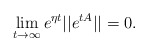
\begin{align*}\lim_{t\rightarrow \infty} e^{\eta t}||e^{tA}||=0.\end{align*}